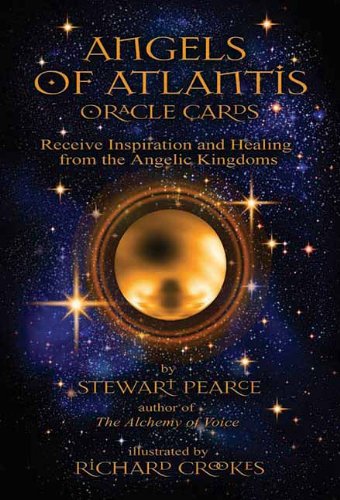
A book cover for Angels of Atlantis Oracle: Receive Inspiration and Healing from the Angelic Kingdoms; Stewart Pearce; Religion & Spirituality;